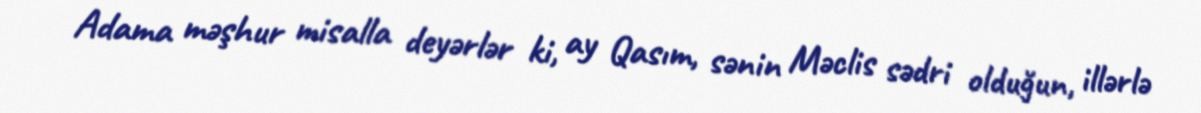
Adama məşhur misalla deyərlər ki, ay Qasım, sənin Məclis sədri olduğun, illərlə